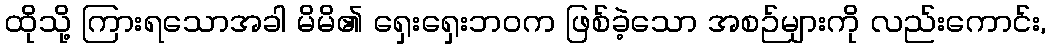
ထိုသို့ ကြားရသောအခါ မိမိ၏ ရှေးရှေးဘဝက ဖြစ်ခဲ့သော အစဉ်များကို လည်းကောင်း,